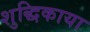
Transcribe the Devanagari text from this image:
शुद्धिकाया